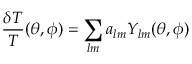
{ \frac { \delta T } { T } } ( \theta , \phi ) = \sum _ { l m } a _ { l m } Y _ { l m } ( \theta , \phi )